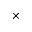
\times